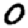
Digit: 0